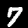
Label: 7